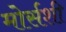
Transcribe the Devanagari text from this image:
मोर्सशी